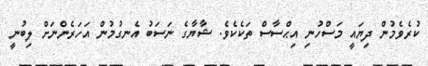
ކުރެވެމުން ދިޔައީ މަސްހުނި އިޙްސާސް ތަކެކެވެ. ޝާޔާގެ ނަސަބު އެނގުމުން އަހަރެންނަށް ލިބުނީ